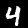
Digit: 4